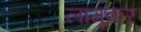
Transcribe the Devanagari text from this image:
लागूकर